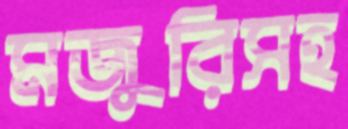
মজুরিসহ